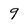
Character: 9